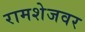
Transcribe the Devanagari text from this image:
रामशेजवर